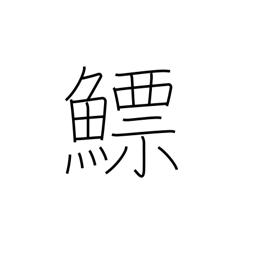
Meaning: fish bladder